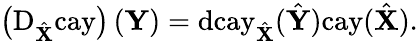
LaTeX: \left(\mathrm{D}_{\hat{\mathbf{X}}}\mathrm{cay}\right)\left(\mathbf{Y}\right)=\mathrm{dcay}_{\hat{\mathbf{X}}}(\hat{\mathbf{Y}})\mathrm{cay(}\hat{\mathbf{X}}).